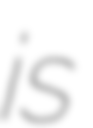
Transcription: is